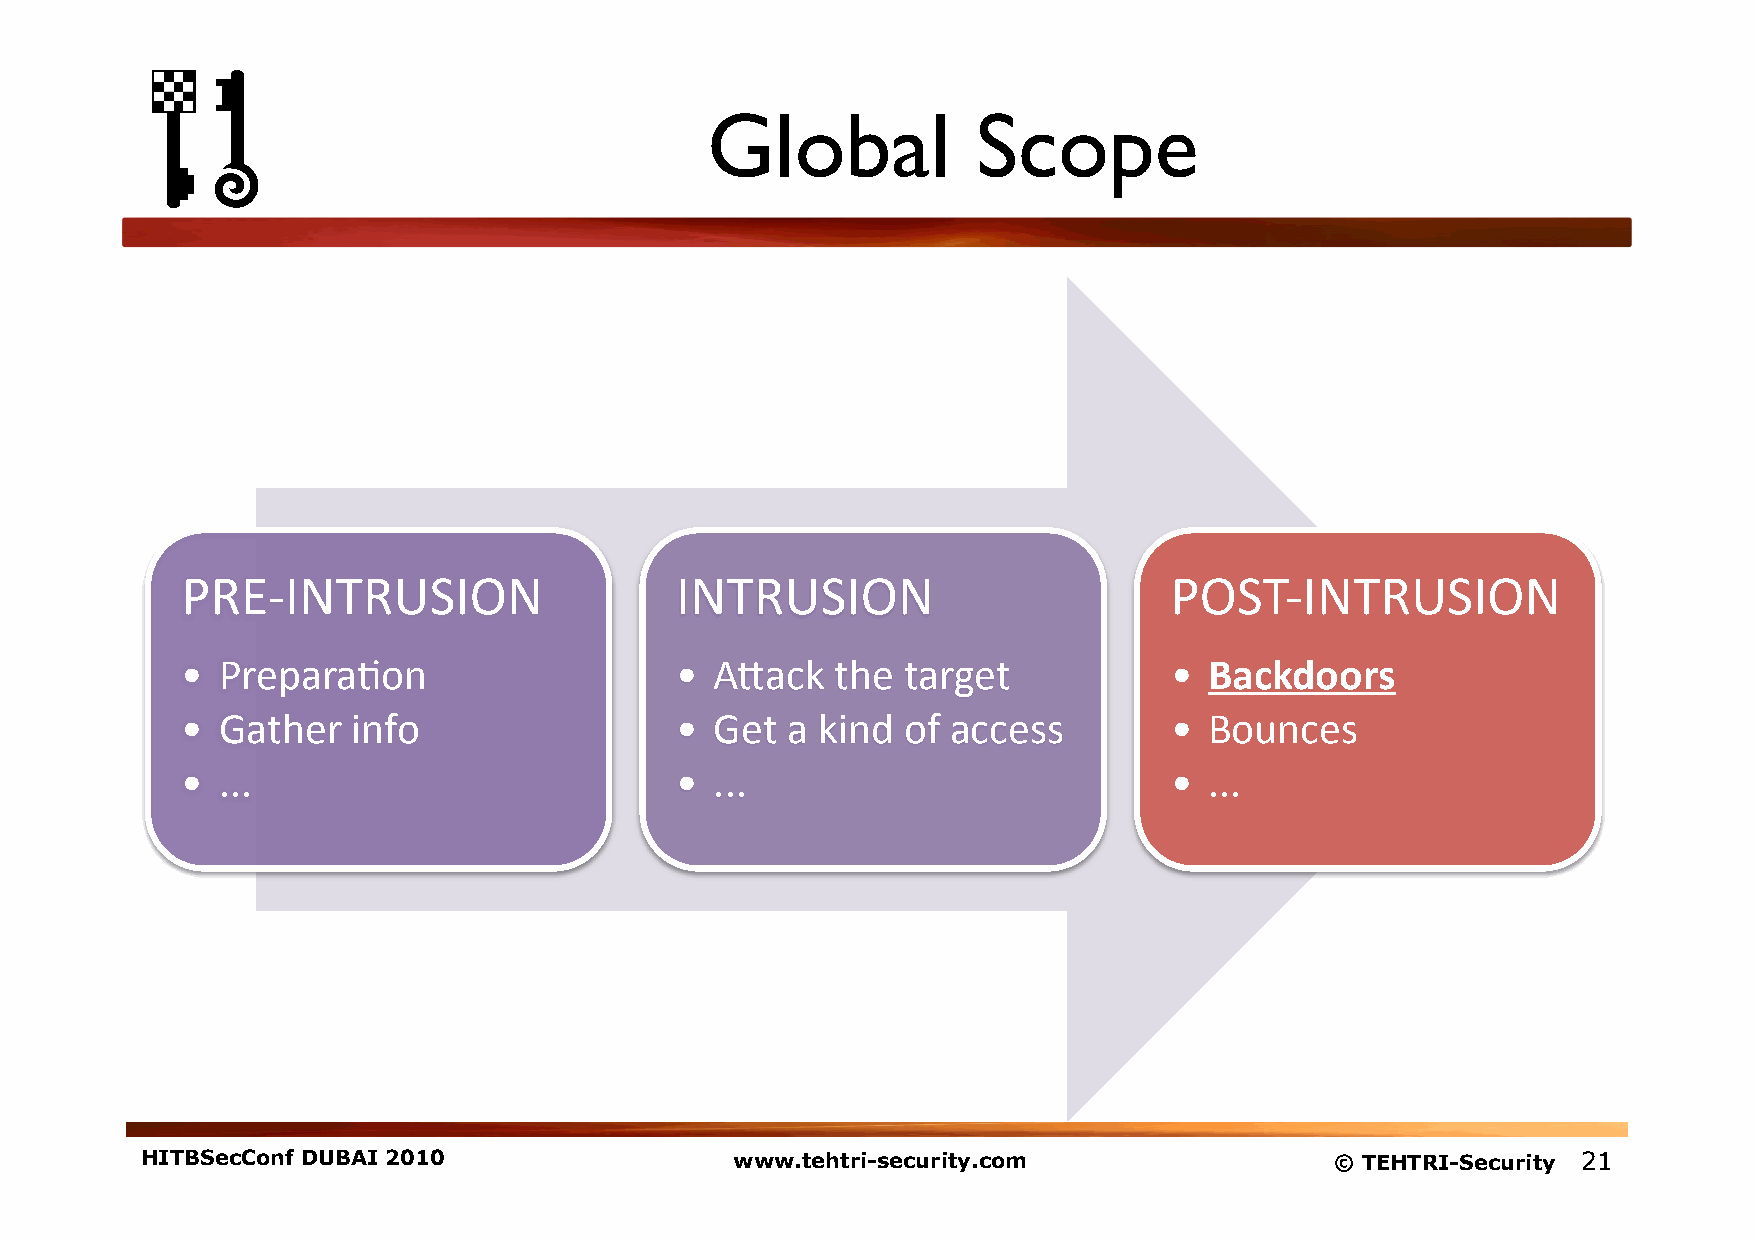
Global            Scope
 PRE-­‐INTRUSION                  INTRUSION                       POST-­‐INTRUSION
 • Prepara1on                     • A;ack   the  target           •  Backdoors
 • Gather   info                  • Get  a kind  of access        •  Bounces
 • ...                            • ...                           •  ...
 HITBSecConf DUBAI 2010                  www.tehtri-security.com                © TEHTRI-Security 21